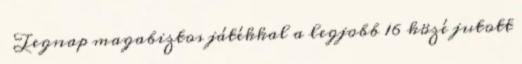
Tegnap magabiztos játékkal a legjobb 16 közé jutott